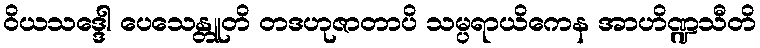
ဝိယသဒ္ဒေါ ပေသေန္တူတိ တဒဟုဇာတာပိ သမ္ပရာယိကေန အာဟိဏ္ဍသီတိ